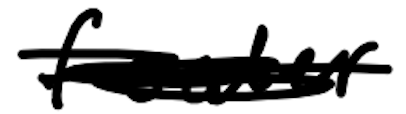
Text: feeder
Cross-out: mix
Writing tool: digital_black